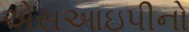
એસઆઇપીનો